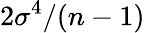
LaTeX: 2\sigma^{4}/(n-1)